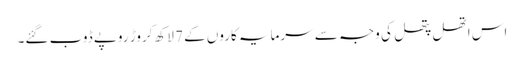
اس اتھل پتھل کی وجہ سے سرمایہ کاروں کے 7 لاکھ کروڑ روپے ڈوب گئے۔